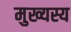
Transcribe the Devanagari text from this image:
मुख्यस्य